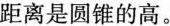
距离是圆锥的高。